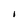
Character: I